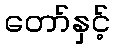
တော်နှင့်